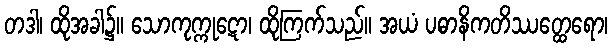
တဒါ၊ ထိုအခါ၌။ သောကုက္ကုဋော၊ ထိုကြက်သည်။ အယံ ပဓာနိကတိဿတ္ထေရော၊